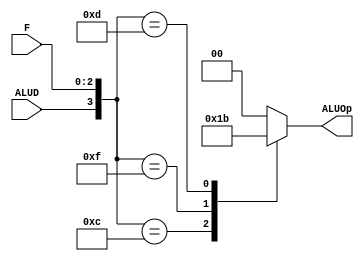
//Descripcin General:
//El mdulo ALU_Decoder es un decodificador que traduce seales de control y cdigos de funcin 
//en operaciones especficas para la Unidad Lgica Aritmtica (ALU). Este mdulo toma una seal 
//de control (ALUD) y un cdigo de funcin (F),y produce una salida (ALUOp) que indica la operacin
//que la ALU debe realizar.
//Entradas:
//ALUD (1 bit): Seal de control que influye en la operacin de la ALU.
//F (3 bits): Cdigo de funcin que especifica la operacin deseada dentro de la ALU
//Salida:
//ALUOp (2 bits): Cdigo que indica la operacin especfica que debe realizar la ALU.
//Funcionabilidad:
//El mdulo combina las seales de entrada ALUD y F en un solo registro (in_ALU) de 4 bits. Luego, 
//mediante una sentencia casez, se determina la operacin de la ALU basada en el valor de in_ALU. 
//Dependiendo del valor de este cdigo combinado, se asigna un output_result de 2 bits, que se asigna 
//a la salida ALUOp.
//Razn de Implementacin:
//Este mdulo fue creado para que por medio de una seal de control obtenida en el main decoder y el 
//fucnt3 de las operaciones se identifique que operacin aritmtica debe de realizar la ALU principal. 



module ALU_Decoder(
    input wire ALUD, //seal de salida del main decoder
    input wire [2:0] F, //funct 3
    output wire [1:0] ALUOp 
);

reg [3:0] in_ALU; //unin de ALUD y F
reg [1:0] output_result;

always @* begin
    in_ALU = {ALUD, F};
    casez(in_ALU)

        4'b0zzz: output_result = 2'b00; //ADD
        4'b1000: output_result = 2'b00; //ADD
        4'b1100: output_result = 2'b01; //XOR
        4'b1111: output_result = 2'b10; //AND
        4'b1101: output_result = 2'b11; //SRA


        default: output_result = 4'b0000; // Manejo de caso por defecto
    endcase
end

assign ALUOp = output_result; 

endmodule